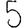
Digit: 5